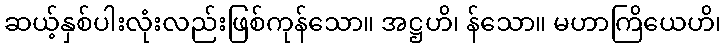
ဆယ့်နှစ်ပါးလုံးလည်းဖြစ်ကုန်သော။ အဋ္ဌဟိ၊ န်သော။ မဟာကြိယေဟိ၊